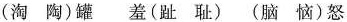
( 淘 陶 ) 罐 羞 ( 趾 耻 ) ( 脑 恼 ) 怒